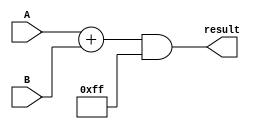
module vector_continuous_assignment(
    input wire [7:0] A,         // 8-bit input A
    input wire [7:0] B,         // 8-bit input B
    output wire [7:0] result    // 8-bit output result
);

// Continuous assignment to the result vector
assign result = (A + B) & 8'hFF; // Adds A and B, and performs a bitwise AND with 0xFF

endmodule